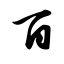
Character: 百